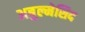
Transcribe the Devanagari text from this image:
अबुल्मेसिद